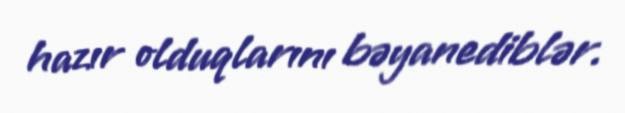
hazır olduqlarını bəyanediblər.